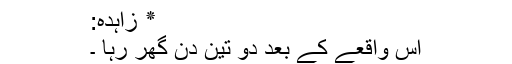
٭ زاہدہ:
اس واقعے کے بعد دو تین دن گھر رہا ۔